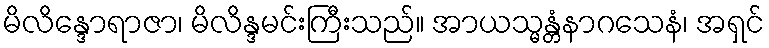
မိလိန္ဒောရာဇာ၊ မိလိန္ဒမင်းကြီးသည်။ အာယသ္မန္တံနာဂသေနံ၊ အရှင်